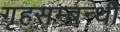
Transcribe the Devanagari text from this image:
गृहसम्बन्धी